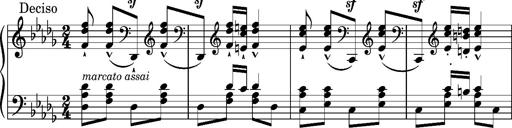
Title: Magyar Tempo
Composer: Franz Liszt
Key: D-flat major